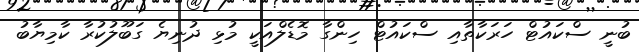
ބުނީ ސްކައުޓް ހަރަކާތާއި ސްކައުޓް ހިންގާ މޮޑެލްއަކީ މުޅި ދުނިޔެ ގަބޫލުކުރާ ކާމިޔާބު